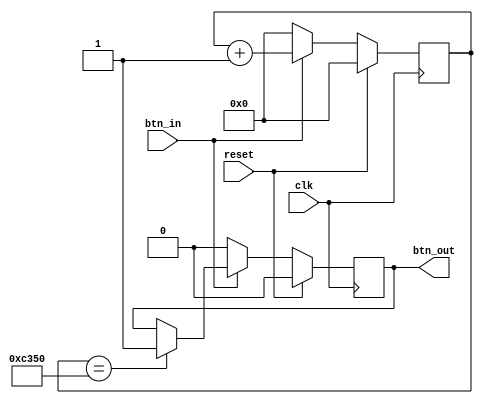
// Copyright 2024 Stefan Hirschbck
// Licensed under the Apache License, Version 2.0 (the "License");
// you may not use this file except in compliance with the License. 
// You may obtain a copy of the License at
// 
// http://www.apache.org/licenses/LICENSE2.0
// 
// Unless required by applicable law or agreed to in writing, software
// distributed under the License is distributed on an "AS IS" BASIS,
// WITHOUT WARRANTIES OR CONDITIONS OF ANY KIND, either express or implied. See the License for the specific language governing permissions and
// limitations under the License.

`default_nettype none

//simple debouncer for push buttons

module btn_debounce (
    input wire clk,
    input wire reset,
    input wire btn_in,
    output wire btn_out
);

parameter COUNTER_BIT = 16;
parameter COUNTER_VAL = 50000; // 20 ms at about 25 MHz clk

reg [COUNTER_BIT-1:0] counter, next_counter;
reg btn, next_btn;


always @(posedge clk) begin: register_process
    if (reset) begin
        counter <= {COUNTER_BIT{1'b0}};
        btn <= 1'b0;
    end else begin
        counter <= next_counter;
        btn <= next_btn;
    end
end

always @(counter, btn, btn_in) begin: combinatorics
    next_counter = counter;
    next_btn = btn;
    if (btn_in) begin 
        next_counter = counter + 1'b1;
        if (counter == COUNTER_VAL) begin // output is only 1 when input is held at 1 for counter to reach COUNTER_VAL without having been reset
            next_btn = 1'b1;
        end
    end else begin
        next_counter = {COUNTER_BIT{1'b0}};
        next_btn = 1'b0;
    end 
end

assign btn_out = btn;

endmodule